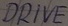
Text: DRIVE